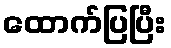
ထောက်ပြပြီး